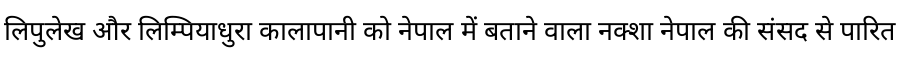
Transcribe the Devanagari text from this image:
लिपुलेख और लिम्पियाधुरा कालापानी को नेपाल में बताने वाला नक्शा नेपाल की संसद से पारित